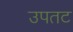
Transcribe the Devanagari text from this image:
उपतट